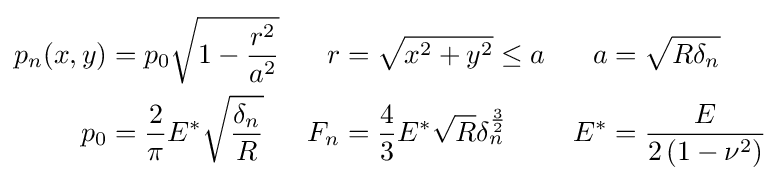
{\begin{aligned}p_{n}(x,y)&=p_{0}{\sqrt {1-{\frac {r^{2}}{a^{2}}}}}&r&={\sqrt {x^{2}+y^{2}}}\leq a&a&={\sqrt {R\delta _{n}}}\\p_{0}&={\frac {2}{\pi }}E^{*}{\sqrt {\frac {\delta _{n}}{R}}}&F_{n}&={\frac {4}{3}}E^{*}{\sqrt {R}}\delta _{n}^{\frac {3}{2}}&E^{*}&={\frac {E}{2\left(1-\nu ^{2}\right)}}\end{aligned}}